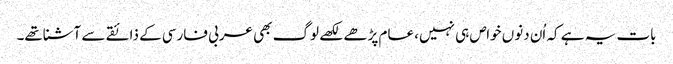
بات یہ ہے کہ اُن دنوں خواص ہی نہیں، عام پڑھے لکھے لوگ بھی عربی فارسی کے ذائقے سے آشناتھے۔